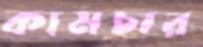
কামচার